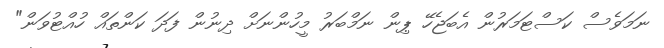
ނަމަވެސް ކަސްޓަމަރުން އެބަޖެހޭ ޕިން ނަމްބަރު މީހުންނަށް ދިނުން ފަދަ ކަންތައް ހުއްޓުވަން"